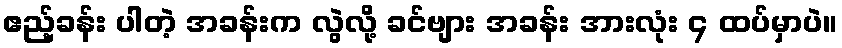
ဧည့်ခန်း ပါတဲ့ အခန်းက လွဲလို့ ခင်ဗျား အခန်း အားလုံး ၄ ထပ်မှာပဲ။